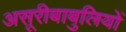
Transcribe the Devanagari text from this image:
असूरीबाबुलियों